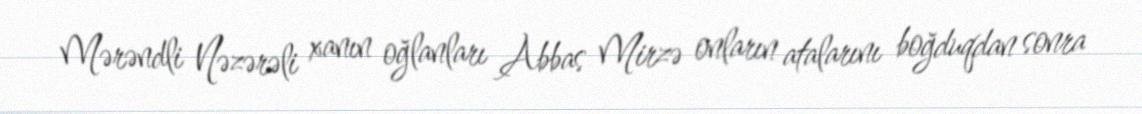
Mərəndli Nəzərəli xanın oğlanları Abbas Mirzə onların atalarını boğduqdan sonra